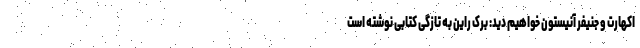
اکهارت و جنیفر آنیستون خواهیم دید: برک راین به تازگی کتابی نوشته است